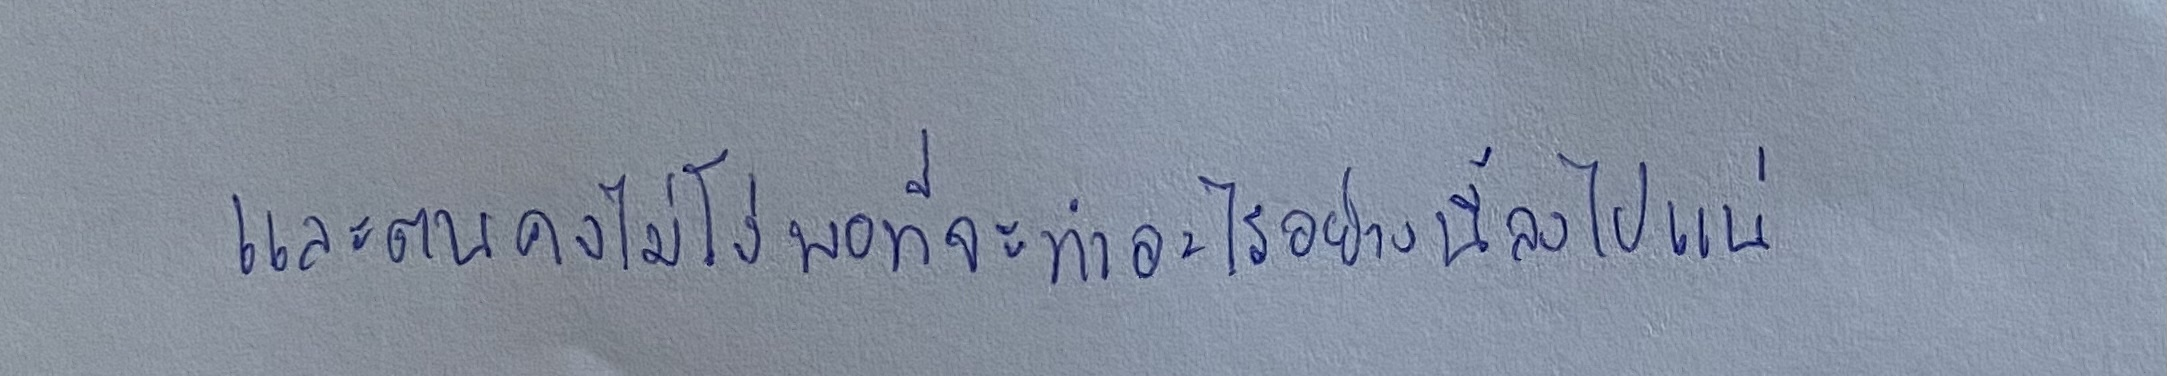
และตนคงไม่โง่พอที่จะทำอะไรอย่างนี้ลงไปแน่